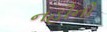
નહીની